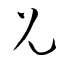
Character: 兄